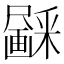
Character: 𱱃